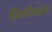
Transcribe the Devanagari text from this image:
फ़िलीपाइंस